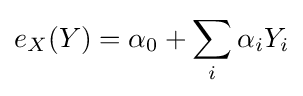
e_{X}(Y)=\alpha _{0}+\sum _{i}\alpha _{i}Y_{i}